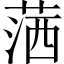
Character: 𦵜